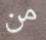
من